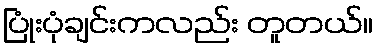
ပြုံးပုံချင်းကလည်း တူတယ်။